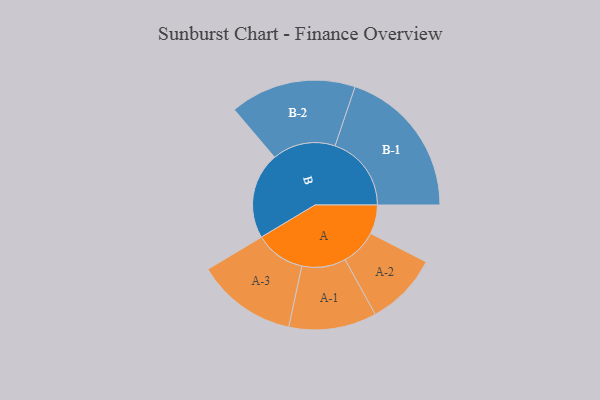
{"axis": {"x": "Segment", "y": "Value"}, "legend": ["", "A", "B"], "data": [{"x": "A", "y": 101, "type": ""}, {"x": "B", "y": 301, "type": ""}, {"x": "A-1", "y": 153, "type": "A"}, {"x": "A-2", "y": 127, "type": "A"}, {"x": "A-3", "y": 175, "type": "A"}, {"x": "B-1", "y": 266, "type": "B"}, {"x": "B-2", "y": 220, "type": "B"}]}